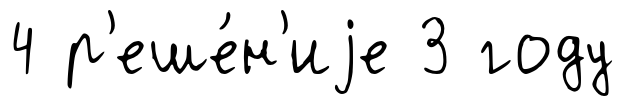
4 р'еше́н'иjе 3 году